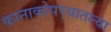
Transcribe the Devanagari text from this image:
कानाकोपर्‍यातल्या